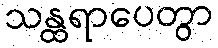
သန္ထရာပေတွာ